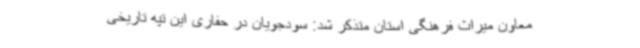
معاون میراث فرهنگی استان متذکر شد: سودجویان در حفاری این تپه تاریخی